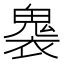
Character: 𮫟